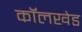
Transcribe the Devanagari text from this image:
कॉलखेड